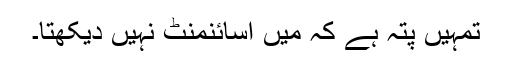
تمہیں پتہ ہے کہ میں اسائنمنٹ نہیں دیکھتا۔